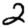
Digit: 2